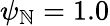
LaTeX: \psi_{\mathbb{N}}=1.0